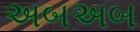
અબઅબ